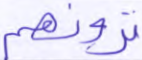
ترونهم